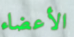
الأعضاء